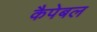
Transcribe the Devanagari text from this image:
कैपेबल